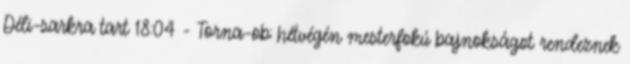
Déli-sarkra tart 18:04 - Torna-ob: hétvégén mesterfokú bajnokságot rendeznek